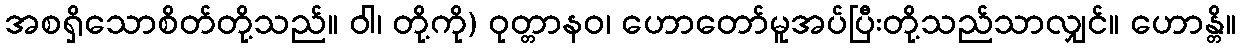
အစရှိသောစိတ်တို့သည်။ ဝါ၊ တို့ကို) ဝုတ္တာနဝ၊ ဟောတော်မူအပ်ပြီးတို့သည်သာလျှင်။ ဟောန္တိ။